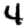
Digit: 4